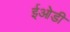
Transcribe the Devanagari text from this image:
ईओडी